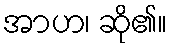
အာဟ၊ ဆို၏။